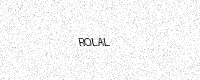
Text: ROLAL